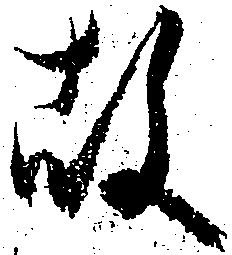
故